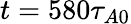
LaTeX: t=580\tau_{A0}